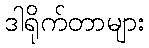
ဒါရိုက်တာများ